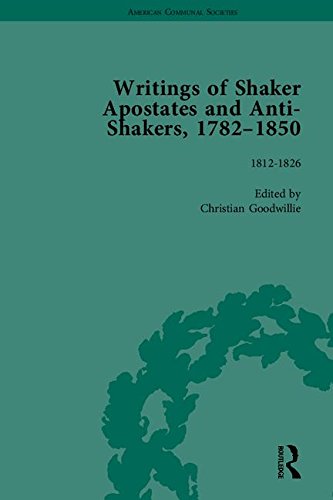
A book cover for Writings of Shaker Apostates and Anti-Shakers, 1782-1850 (American Communal Societies); Christian Goodwillie; Christian Books & Bibles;